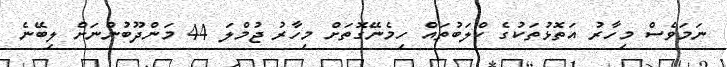
ނަމަވެސް މިހާރު އަތޮޅުތަކުގެ ކްލަބުތައް ހިމެނޭގޮތަށް މިހާރު ޖުމްލަ 44 މަންދޫބުންނަށް ލިބޭނެ